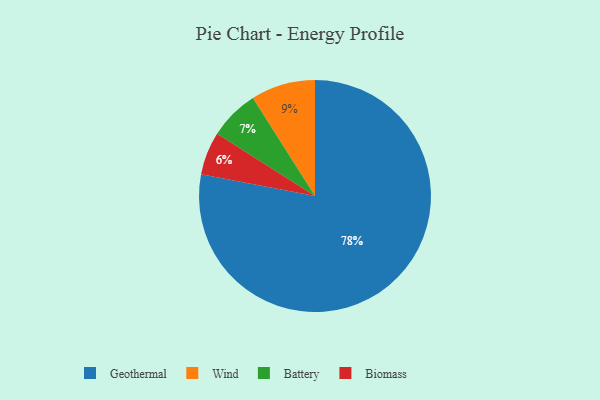
{"axis": {"x": "Category", "y": "Percentage"}, "legend": ["Battery", "Biomass", "Geothermal", "Wind"], "data": [{"x": "Geothermal", "y": 78, "type": "Geothermal"}, {"x": "Battery", "y": 7, "type": "Battery"}, {"x": "Wind", "y": 9, "type": "Wind"}, {"x": "Biomass", "y": 6, "type": "Biomass"}]}